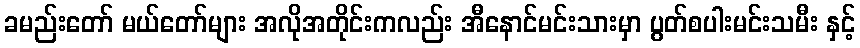
ခမည်းတော် မယ်တော်များ အလိုအတိုင်းကလည်း အီနောင်မင်းသားမှာ ပွတ်စပါးမင်းသမီး နှင့်